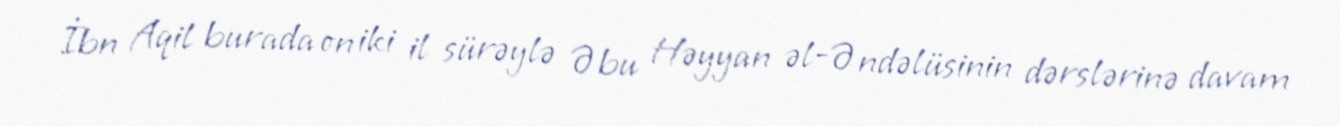
İbn Aqil burada on iki il sürəylə Əbu Həyyan əl-Əndəlüsinin dərslərinə davam